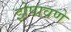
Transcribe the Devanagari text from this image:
झेपावणे